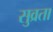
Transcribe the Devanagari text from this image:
सुव्रता